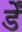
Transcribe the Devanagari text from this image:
र्डें